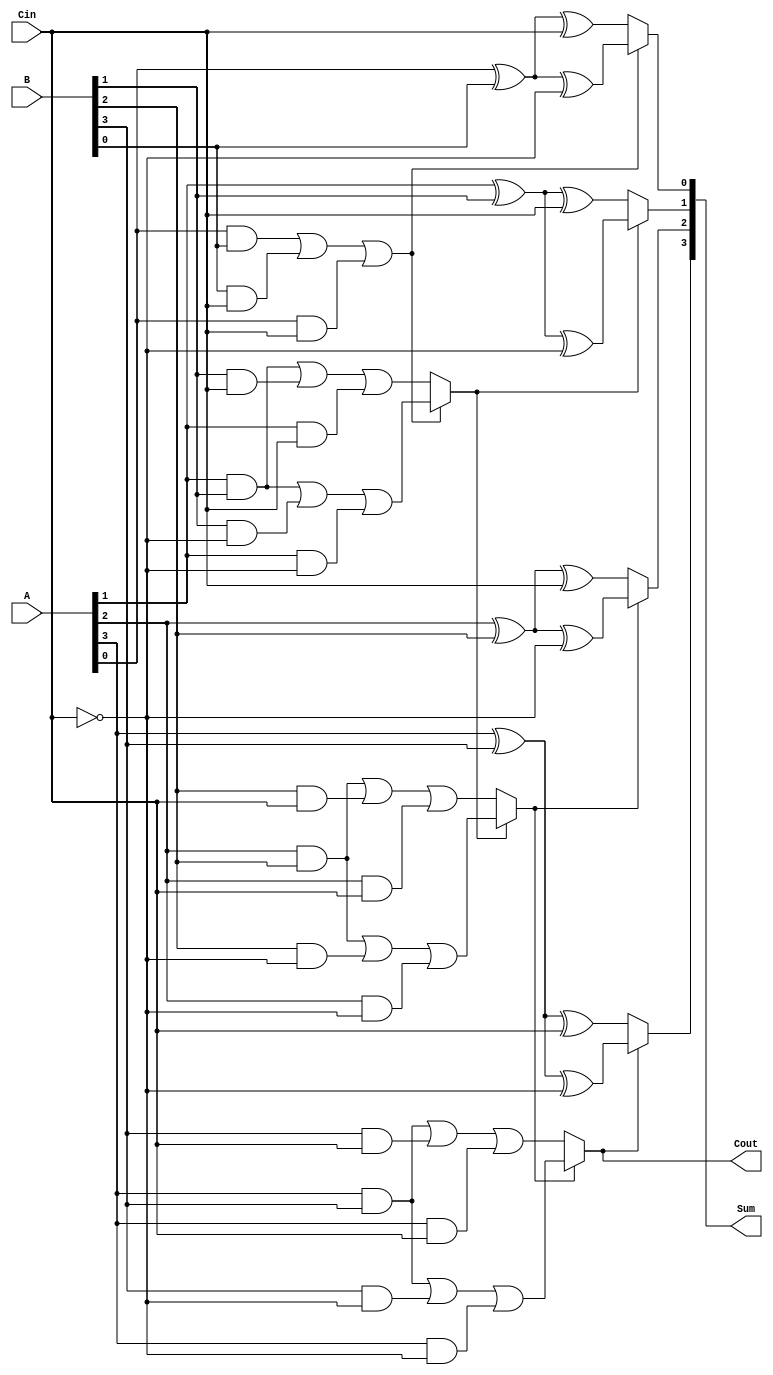
module ConditionalSumAdder #(parameter n = 4) (
    input [n-1:0] A,      // First n-bit input
    input [n-1:0] B,      // Second n-bit input
    input Cin,            // Carry-in
    output [n-1:0] Sum,   // n-bit sum output
    output Cout           // Carry-out
);

    // Partial sums and carries
    wire [n-1:0] S0, S1;  // Partial sums for Cin = 0 and Cin = 1
    wire [n-1:0] C0, C1;  // Carry signals for Cin = 0 and Cin = 1
    wire [n-1:0] carry;    // Carry signals for each bit position

    // Generate partial sums and carries
    genvar i;
    generate
        for (i = 0; i < n; i = i + 1) begin : CSA
            // Partial sums
            assign S0[i] = A[i] ^ B[i] ^ Cin;                  // S0 for Cin = 0
            assign S1[i] = A[i] ^ B[i] ^ ~Cin;                 // S1 for Cin = 1
            
            // Carry generation
            assign C0[i] = (A[i] & B[i]) | (B[i] & Cin) | (A[i] & Cin); // Carry for Cin = 0
            assign C1[i] = (A[i] & B[i]) | (B[i] & ~Cin) | (A[i] & ~Cin); // Carry for Cin = 1
            
            // Carry selection logic
            if (i == 0) begin
                assign carry[i] = C0[i]; // First carry is directly from C0
            end else begin
                assign carry[i] = (carry[i-1] ? C1[i] : C0[i]); // Select carry based on previous carry
            end
        end
    endgenerate

    // Final sum selection
    generate
        for (i = 0; i < n; i = i + 1) begin : SumSelection
            assign Sum[i] = (carry[i] ? S1[i] : S0[i]); // Select sum based on carry
        end
    endgenerate

    // Final carry-out
    assign Cout = carry[n-1]; // Carry-out from the last bit

endmodule